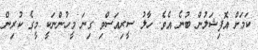
ކަމަށް އޮފިޝަލުން ބުނެ އެވެ. ހާލު ސީރިއަސްވި ގިނަ މީހުންނަކީ މީގެ ކުރިން